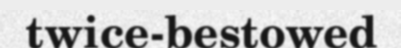
twice-bestowed